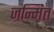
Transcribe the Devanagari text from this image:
जन्मित